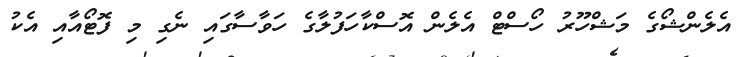
އެލެންޝޯގެ މަޝްހޫރު ހޯސްޓް އެލެން އޮސްކާހަފުލާގެ ހަވާސާގައި ނެގި މި ފޮޓޯއާއި އެކު